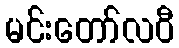
မင်းတော်လဝီ